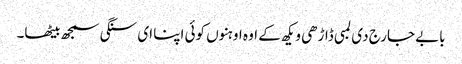
بابے جارج دی لمبی ڈاڑھی ویکھ کے اوہ اوہنوں کوئی اپنا ای سنگی سمجھ بیٹھا۔